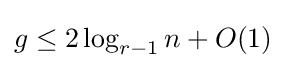
g\leq 2\log _{r-1}n+O(1)